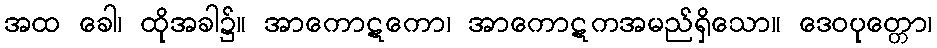
အထ ခေါ၊ ထိုအခါ၌။ အာကောဋကော၊ အာကောဋကအမည်ရှိသော။ ဒေဝပုတ္တော၊